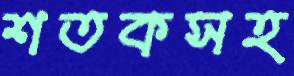
শতকসহ